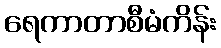
ရေကာတာစီမံကိန်း